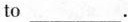
to___.